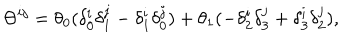
\Theta ^ { i j } = \theta _ { 0 } ( \delta _ { 0 } ^ { i } \delta _ { 1 } ^ { j } - \delta _ { 1 } ^ { i } \delta _ { 0 } ^ { j } ) + \theta _ { 1 } ( - \delta _ { 2 } ^ { i } \delta _ { 3 } ^ { j } + \delta _ { 3 } ^ { i } \delta _ { 2 } ^ { j } ) ,